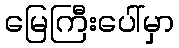
မြေကြီးပေါ်မှာ